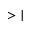
> |